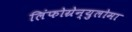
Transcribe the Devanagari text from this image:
लिंफोग्रेन्युलोमा